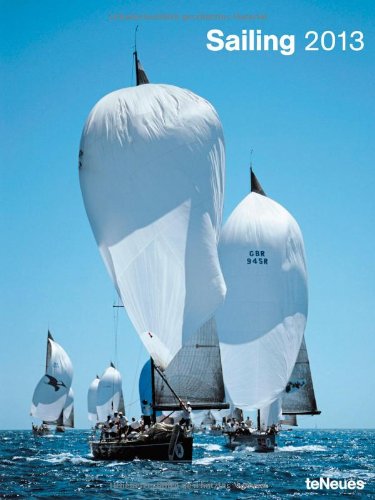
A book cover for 2013 Sailing Super Poster Calendar (Vertical); teNeues; Calendars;